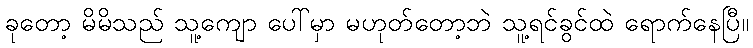
ခုတော့ မိမိသည် သူ့ကျော ပေါ်မှာ မဟုတ်တော့ဘဲ သူ့ရင်ခွင်ထဲ ရောက်နေပြီ။